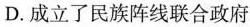
D.成立了民族阵线联合政府